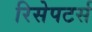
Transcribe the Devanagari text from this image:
रिसेपटर्स